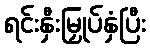
ရင်းနှီးမြှုပ်နှံပြီး